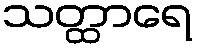
သတ္ထာရေ